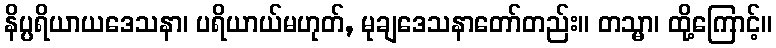
နိပ္ပရိယာယဒေသနာ၊ ပရိယာယ်မဟုတ်, မုချဒေသနာတော်တည်း။ တသ္မာ၊ ထို့ကြောင့်။